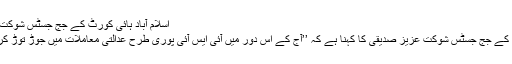
اسلام آباد ہائی کورٹ کے جج جسٹس شوکت عزیز صدیقی (فائل)
اسلام آباد ہائی کورٹ کے جج جسٹس شوکت عزیز صدیقی کا کہنا ہے کہ ’’آج کے اس دور میں آئی ایس آئی پوری طرح عدالتی معاملات میں جوڑ توڑ کرنے میں ملوث ہے‘‘۔